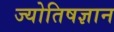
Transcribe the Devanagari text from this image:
ज्योतिषज्ञान